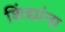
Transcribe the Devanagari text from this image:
शिंद्यांना